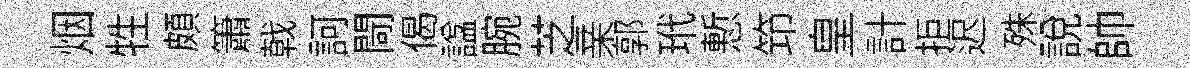
烟牲頗簫戟訶閜偈諡腕芝亲郭玳慙笻皇計拒迟殊説帥